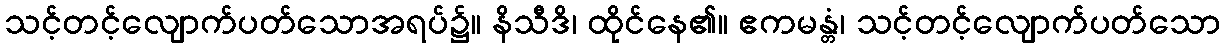
သင့်တင့်လျောက်ပတ်သောအရပ်၌။ နိသီဒိ၊ ထိုင်နေ၏။ ဧကမန္တံ၊ သင့်တင့်လျောက်ပတ်သော